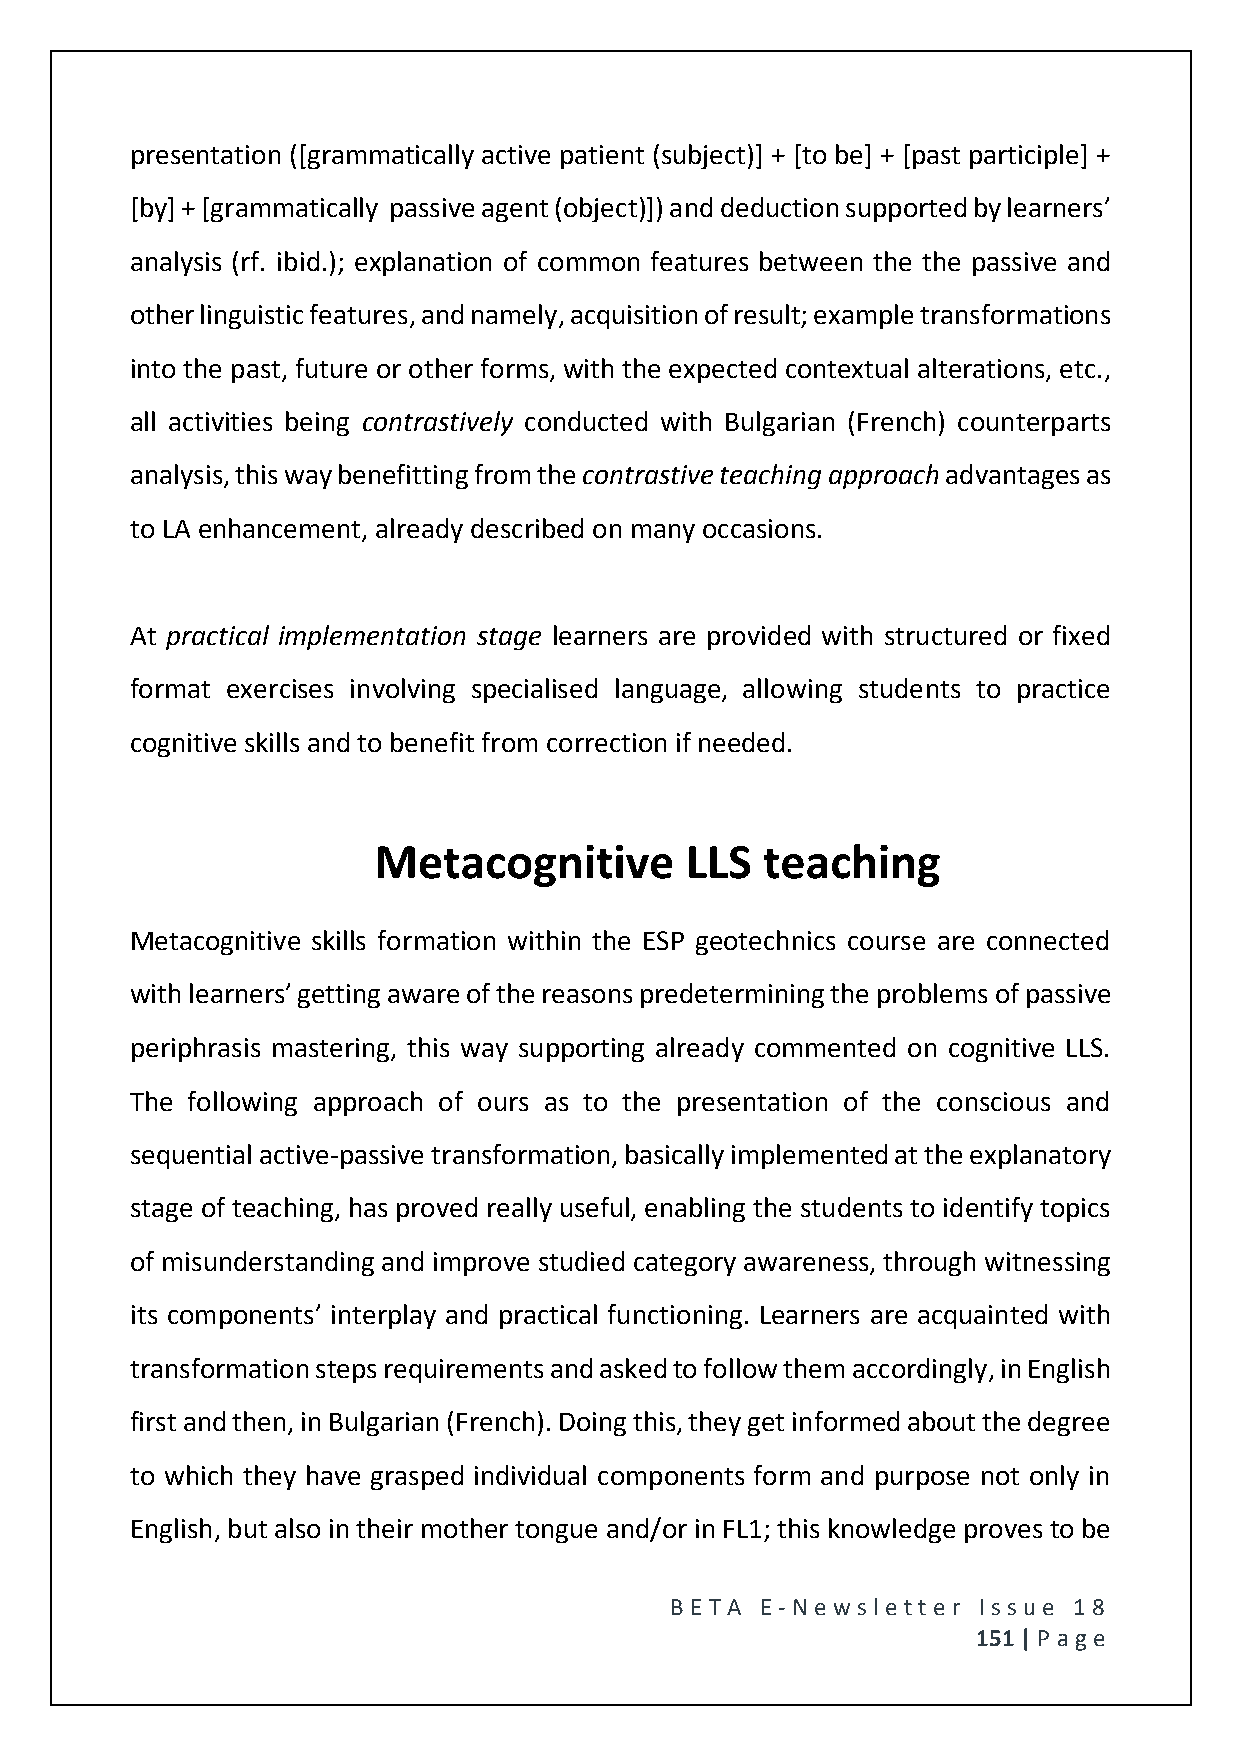
presentation ([grammatically active patient (subject)] + [to be] + [past participle] +
 [by] + [grammatically passive agent (object)]) and deduction supported by learners’
 analysis (rf. ibid.); explanation of common features between the the passive and
 other linguistic features, and namely, acquisition of result; example transformations
 into the past, future or other forms, with the expected contextual alterations, etc.,
 all activities being contrastively conducted with Bulgarian (French) counterparts
 analysis, this way benefitting from the contrastive teaching approach advantages as
 to LA enhancement, already described on many occasions.
 At practical implementation stage learners are provided with structured or fixed
 format exercises involving specialised language, allowing students to practice
 cognitive skills and to benefit from correction if needed.
 Metacognitive       LLS  teaching
 Metacognitive skills formation within the ESP geotechnics course are connected
 with learners’ getting aware of the reasons predetermining the problems of passive
 periphrasis mastering, this way supporting already commented on cognitive LLS.
 The following approach of ours as to the presentation of the conscious and
 sequential active-passive transformation, basically implemented at the explanatory
 stage of teaching, has proved really useful, enabling the students to identify topics
 of misunderstanding and improve studied category awareness, through witnessing
 its components’ interplay and practical functioning. Learners are acquainted with
 transformation steps requirements and asked to follow them accordingly, in English
 first and then, in Bulgarian (French). Doing this, they get informed about the degree
 to which they have grasped individual components form and purpose not only in
 English, but also in their mother tongue and/or in FL1; this knowledge proves to be
 BE T A E -N e wsle tt e r Issue 18
 151 | P age